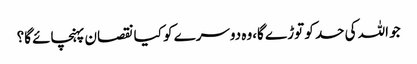
جو اللہ کی حد کو توڑ ے گا،وہ دوسرے کو کیا نقصان پہنچائے گا؟